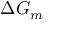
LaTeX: \Delta G _ { m }